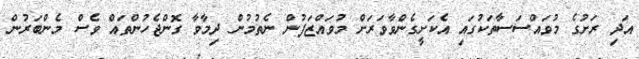
އަދި ރަށުގެ މުވައްސަސާތަކުގައި އެކަށީގެންވާވަރަށް މުވައްޒަފުން ނެތުމުން ދިމާވާ ގޮންޖެހުންތައް ވެސް މެންބަރުން